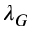
\lambda _ { G }